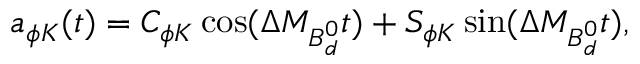
a _ { \phi K } ( t ) = C _ { \phi K } \cos ( \Delta M _ { B _ { d } ^ { 0 } } t ) + S _ { \phi K } \sin ( \Delta M _ { B _ { d } ^ { 0 } } t ) ,